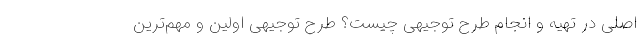
اصلی در تهیه و انجام طرح توجیهی چیست؟ طرح توجیهی اولین و مهم‌ترین